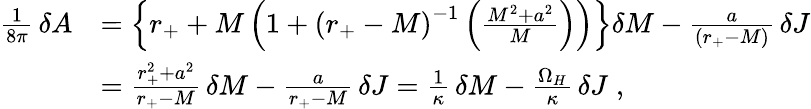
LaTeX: \begin{array}{ll}{{{\frac{1}{8\pi}}\, \delta A}}&{{=\left\{ r_{+}+M\left(1+{\left(r_{+}-M\right)}^{-1}\left(\frac{M^{2}+a^{2}}{M}\right)\right)\right\} \delta M-\frac{a}{\left(r_{+}-M\right)}\, \delta J}}\\ {{}}&{{=\frac{r_{+}^{2}+a^{2}}{r_{+}-M}\, \delta M-\frac{a}{r_{+}-M}\, \delta J={\frac{1}{\kappa}}\, \delta M-\frac{\Omega_{H}}{\kappa}\, \delta J\; ,}}\end{array}